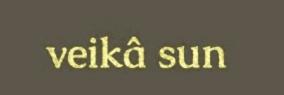
veikâ sun